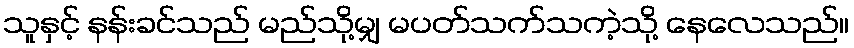
သူနှင့် နန်းခင်သည် မည်သို့မျှ မပတ်သက်သကဲ့သို့ နေလေသည်။